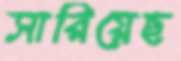
সারিয়েছ